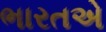
ભારતએ